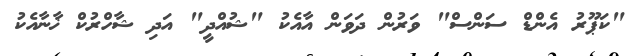
"ކަޕޫރު އެންޑް ސަންސް" ވަރުން ދަވަން އާއެކު "ޝުއްދީ" އަދި ޝާހްރުކް ޚާނާއެކު